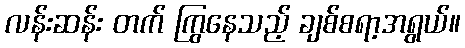
လန်းဆန်း တက် ကြွနေသည့် ချစ်စရာ့အရွယ်။